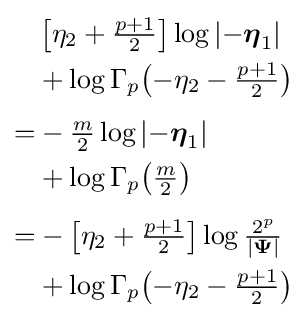
{\begin{aligned}&\left[\eta _{2}+{\tfrac {p+1}{2}}\right]\log \left|-{\boldsymbol {\eta }}_{1}\right|\\&+\log \Gamma _{p}{\left(-\eta _{2}-{\tfrac {p+1}{2}}\right)}\\[1ex]=&-{\tfrac {m}{2}}\log \left|-{\boldsymbol {\eta }}_{1}\right|\\&+\log \Gamma _{p}{\left({\tfrac {m}{2}}\right)}\\[1ex]=&-\left[\eta _{2}+{\tfrac {p+1}{2}}\right]\log {\tfrac {2^{p}}{\left|{\boldsymbol {\Psi }}\right|}}\\&+\log \Gamma _{p}{\left(-\eta _{2}-{\tfrac {p+1}{2}}\right)}\end{aligned}}